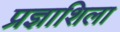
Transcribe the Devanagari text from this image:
प्रज्ञाशिला